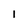
Character: 1